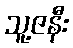
သူ့ဇနီး